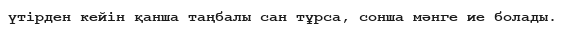
үтірден кейін қанша таңбалы сан тұрса, сонша мәнге ие болады.